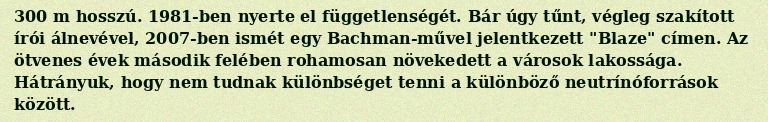
300 m hosszú. 1981-ben nyerte el függetlenségét. Bár úgy tűnt, végleg szakított írói álnevével, 2007-ben ismét egy Bachman-művel jelentkezett "Blaze" címen. Az ötvenes évek második felében rohamosan növekedett a városok lakossága. Hátrányuk, hogy nem tudnak különbséget tenni a különböző neutrínóforrások között.